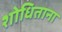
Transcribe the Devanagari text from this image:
शोधिताना